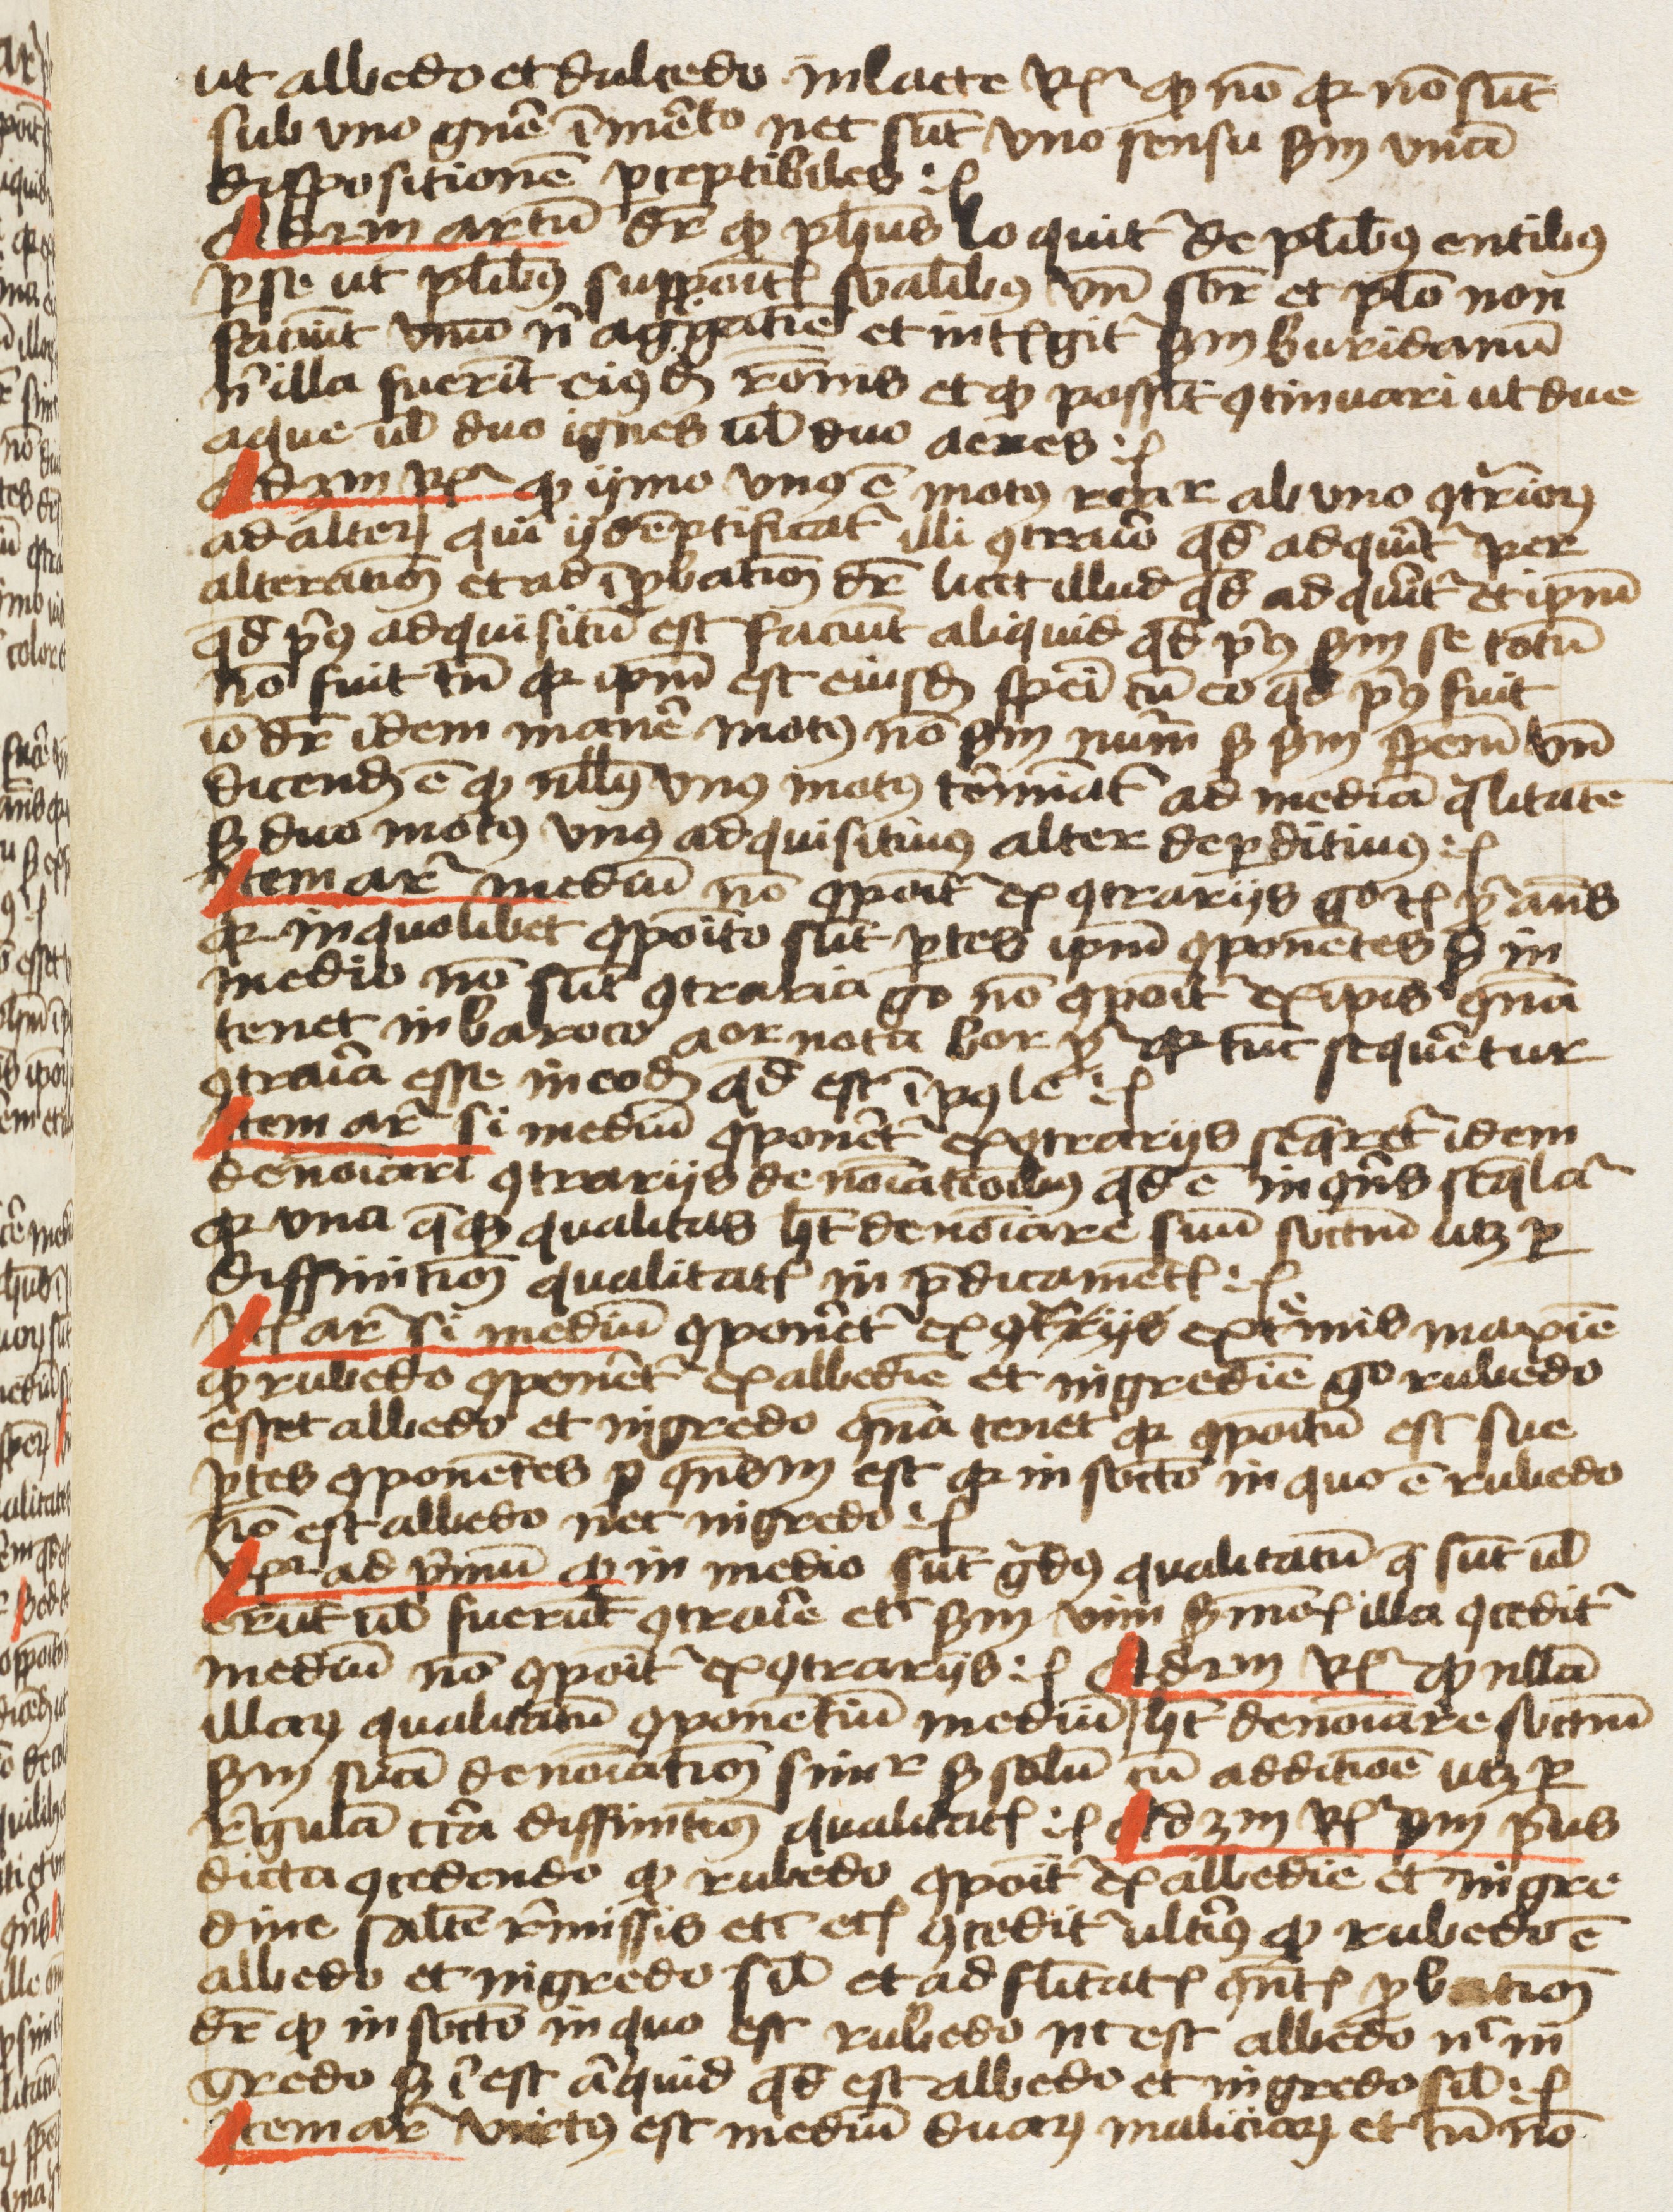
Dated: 1459–1459